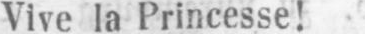
Vive la Princesse!